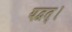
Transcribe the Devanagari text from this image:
यद्वत्।